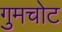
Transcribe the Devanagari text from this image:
गुमचोट